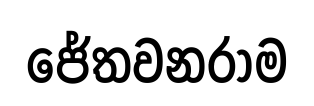
ජේතවනරාම